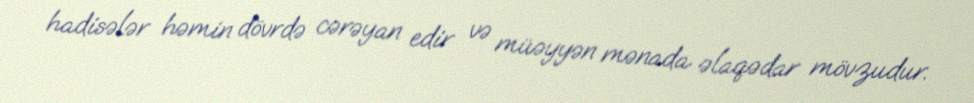
hadisələr həmin dövrdə cərəyan edir və müəyyən mənada əlaqədar mövzudur.